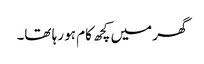
گھر میں کچھ کام ہو رہا تھا۔